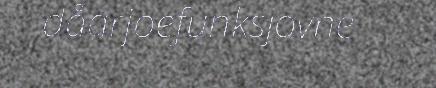
dåarjoefunksjovne